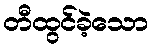
တီထွင်ခဲ့သော